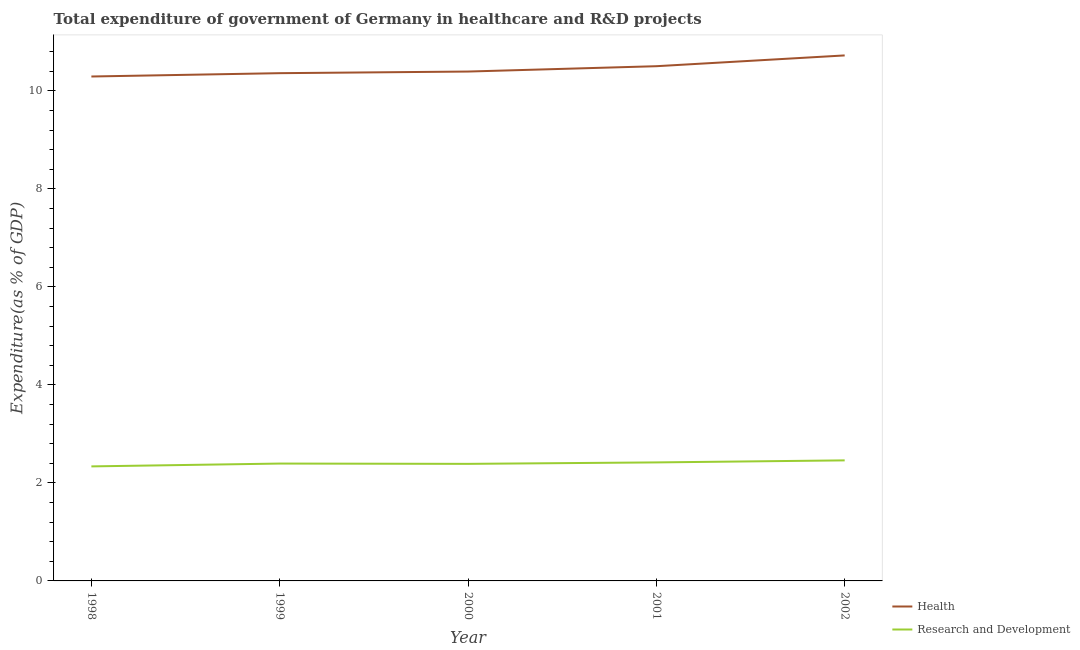
| Year | Health | Research and Development |
 | --- | --- | --- |
 | 1998 | 10.3 | 2.34 |
 | 1999 | 10.4 | 2.4 |
 | 2000 | 10.4 | 2.39 |
 | 2001 | 10.5 | 2.42 |
 | 2002 | 10.7 | 2.46 |